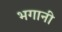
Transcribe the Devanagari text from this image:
भगानी